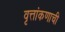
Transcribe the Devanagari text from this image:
वृत्तांकणाची